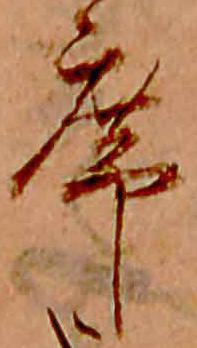
席